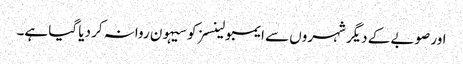
اور صوبے کے دیگر شہروں سے ایمبولینسز کو سیہون روانہ کر دیا گیا ہے۔